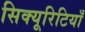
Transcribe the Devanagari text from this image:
सिक्यूरिटियाँ